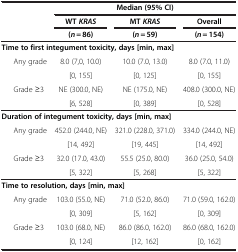
<table><thead><tr><td rowspan="3"><b> </b></td><td colspan="3"><b>Median (95% CI)</b></td></tr><tr><td><b>WT <i>KRAS</i></b></td><td><b>MT <i>KRAS</i></b></td><td><b>Overall</b></td></tr><tr><td><b>(<i>n</i> = 86)</b></td><td><b>(<i>n</i> = 59)</b></td><td><b>(<i>n</i> = 154)</b></td></tr></thead><tbody><tr><td colspan="4"><b>Time to first integument</b><b>toxicity, days [min, max]</b></td></tr><tr><td rowspan="2">Any grade</td><td>8.0 (7,0, 10.0)</td><td>10.0 (7.0, 13.0)</td><td>8.0 (7.0, 11.0)</td></tr><tr><td>[0, 155]</td><td>[0, 125]</td><td>[0, 155]</td></tr><tr><td>Grade ≥3</td><td>NE (300.0, NE)</td><td>NE (175.0, NE)</td><td>408.0 (300.0, NE)</td></tr><tr><td> </td><td>[6, 528]</td><td>[0, 389]</td><td>[0, 528]</td></tr><tr><td colspan="4"><b>Duration of integument toxicity,</b><b>days [min, max]</b></td></tr><tr><td rowspan="2">Any grade</td><td>452.0 (244.0, NE)</td><td>321.0 (228.0, 371.0)</td><td>334.0 (244.0, NE)</td></tr><tr><td>[14, 492]</td><td>[19, 445]</td><td>[14, 492]</td></tr><tr><td>Grade ≥3</td><td>32.0 (17.0, 43.0)</td><td>55.5 (25.0, 80.0)</td><td>36.0 (25.0, 54.0)</td></tr><tr><td> </td><td>[5, 322]</td><td>[5, 268]</td><td>[5, 322]</td></tr><tr><td colspan="4"><b>Time to resolution, days</b><b>[min, max]</b></td></tr><tr><td rowspan="2">Any grade</td><td>103.0 (55.0, NE)</td><td>71.0 (52.0, 86.0)</td><td>71.0 (59.0, 162.0)</td></tr><tr><td>[0, 309]</td><td>[5, 162]</td><td>[0, 309]</td></tr><tr><td>Grade ≥3</td><td>103.0 (68.0, NE)</td><td>86.0 (86.0, 162.0)</td><td>86.0 (68.0, 162.0)</td></tr><tr><td> </td><td>[0, 124]</td><td>[12, 162]</td><td>[0, 162]</td></tr></tbody></table>